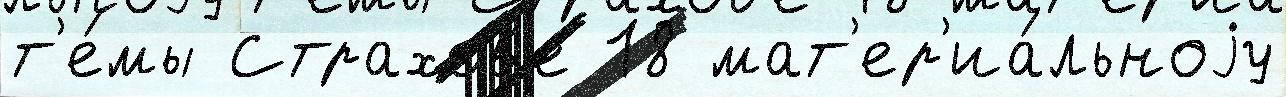
т'е́мы Страхов'е 18 мат'ер'иа́льноjу